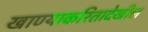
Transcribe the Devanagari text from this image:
खाण्याकरितादेखील